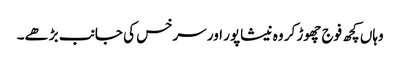
وہاں کچھ فوج چھوڑ کر وہ نیشاپور اور سرخس کی جانب بڑھے۔